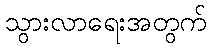
သွားလာရေးအတွက်